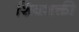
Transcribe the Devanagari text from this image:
शिवशक्ती